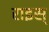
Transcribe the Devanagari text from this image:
राइस्